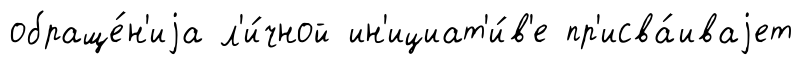
обраще́н'иjа л'и́чной ин'ициат'и́в'е пр'исва́иваjет